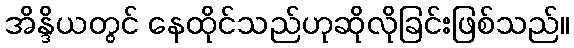
အိန္ဒိယတွင် နေထိုင်သည်ဟုဆိုလိုခြင်းဖြစ်သည်။